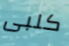
كلبى